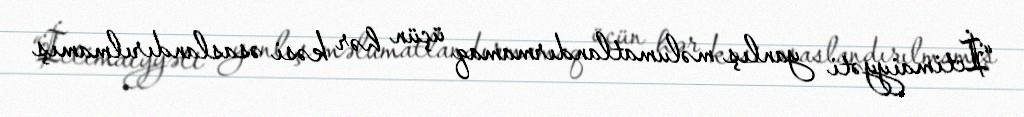
“İctimaiyyəti yanlış məlumatlandırmamaq üçün hər kəsi əsaslandırılmamış